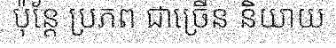
ប៉ុន្តែ ប្រភព ជាច្រើន និយាយ